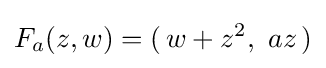
F_{a}(z,w)=(\,w+z^{2},\ az\,)